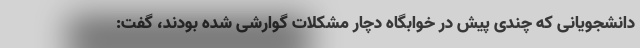
دانشجویانی که چندی پیش در خوابگاه دچار مشکلات گوارشی شده بودند، گفت: